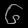
Digit: ၆